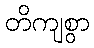
တိကျစွာ